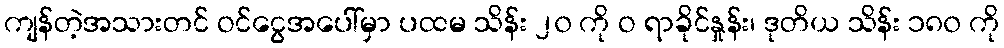
ကျန်တဲ့အသားတင် ဝင်ငွေအပေါ်မှာ ပထမ သိန်း ၂၀ ကို ဝ ရာခိုင်နှုန်း၊ ဒုတိယ သိန်း ၁၈၀ ကို